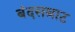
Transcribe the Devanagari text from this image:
बंदसम्राट